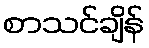
စာသင်ချိန်